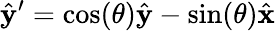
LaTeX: \hat{\mathbf{y}}^{\prime}=\cos(\theta)\hat{\mathbf{y}}-\sin(\theta)\hat{\mathbf{x}}